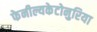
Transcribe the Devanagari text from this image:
फेनील्यकेटोनुरिया